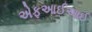
એફઆઈઆઈ